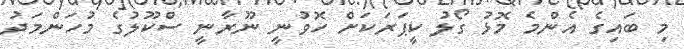
މި ބައިގެ އެންމެ މޮޅު ގޯލު ކީޕަރަކަށް ހޮވުނީ ނޫރާނީ ސްކޫލުގެ މުހަންމަދު